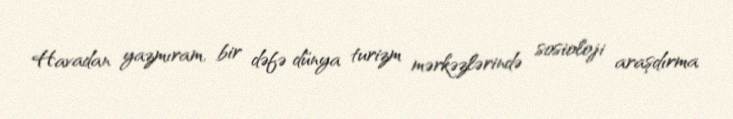
Havadan yazmıram, bir dəfə dünya turizm mərkəzlərində sosioloji araşdırma